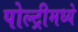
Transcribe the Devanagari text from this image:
पोल्ट्रीमध्ये